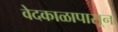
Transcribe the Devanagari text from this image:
वेदकाळापासून